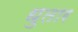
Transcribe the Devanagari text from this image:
धुतार